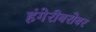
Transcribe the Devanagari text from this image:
हंगेरीबरोबर